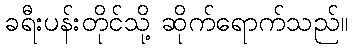
ခရီးပန်းတိုင်သို့ ဆိုက်ရောက်သည်။